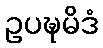
ဥပဍ္ဎမိဒံ